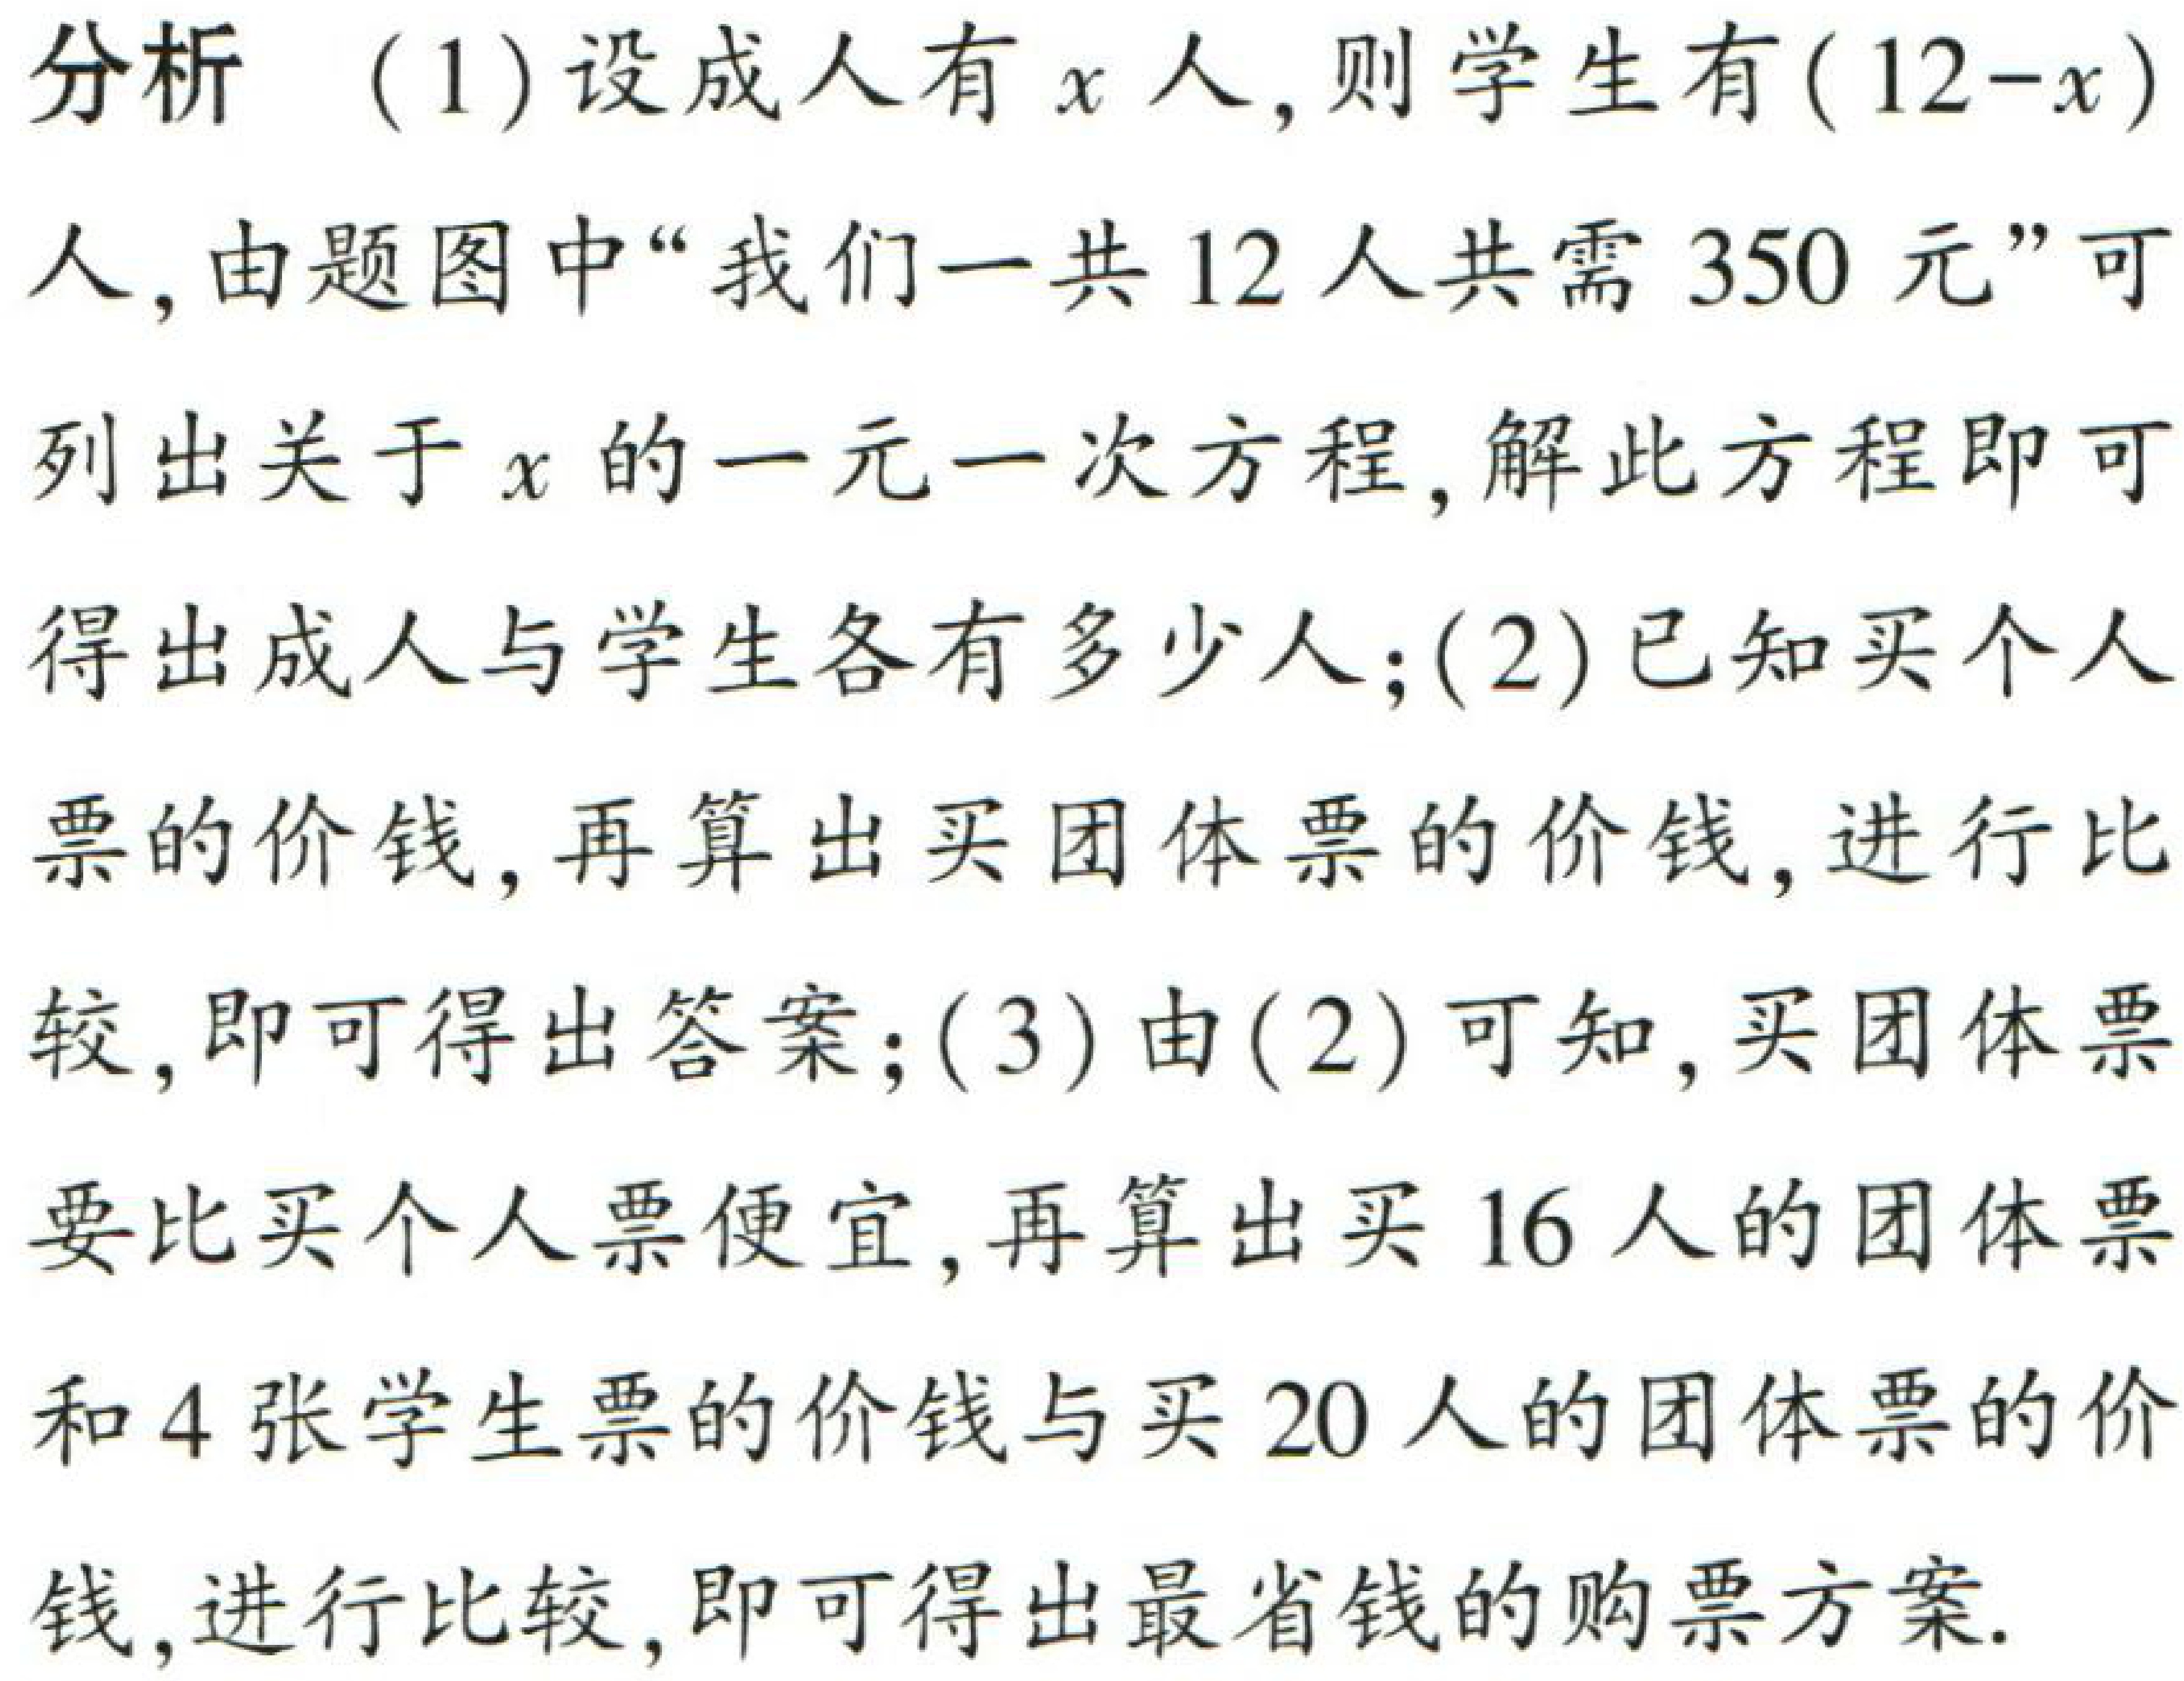
分析（1）设成人有\(x\)人,则学生有\((12 - x)\)人,由题图中“我们一共\(12\)人共需\(350\)元”可列出关于\(x\)的一元一次方程,解此方程即可得出成人与学生各有多少人;(2)已知买个人票的价钱,再算出买团体票的价钱,进行比较,即可得出答案;(3)由(2)可知,买团体票要比买个人票便宜,再算出买\(16\)人的团体票和\(4\)张学生票的价钱与买\(20\)人的团体票的价钱,进行比较,即可得出最省钱的购票方案.